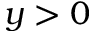
y > 0